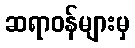
ဆရာဝန်များမှ